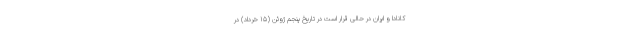
کانادا و ایران در حالی قرار است در تاریخ پنجم ژوئن (۱۵ خرداد) در